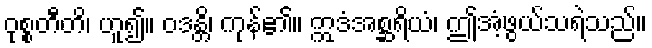
ဝုစ္စတီတိ၊ ဟူ၍။ ဝဒန္တိ၊ ကုန်၏။ ဣဒံအစ္ဆရိယံ၊ ဤအံ့ဖွယ်သရဲသည်။